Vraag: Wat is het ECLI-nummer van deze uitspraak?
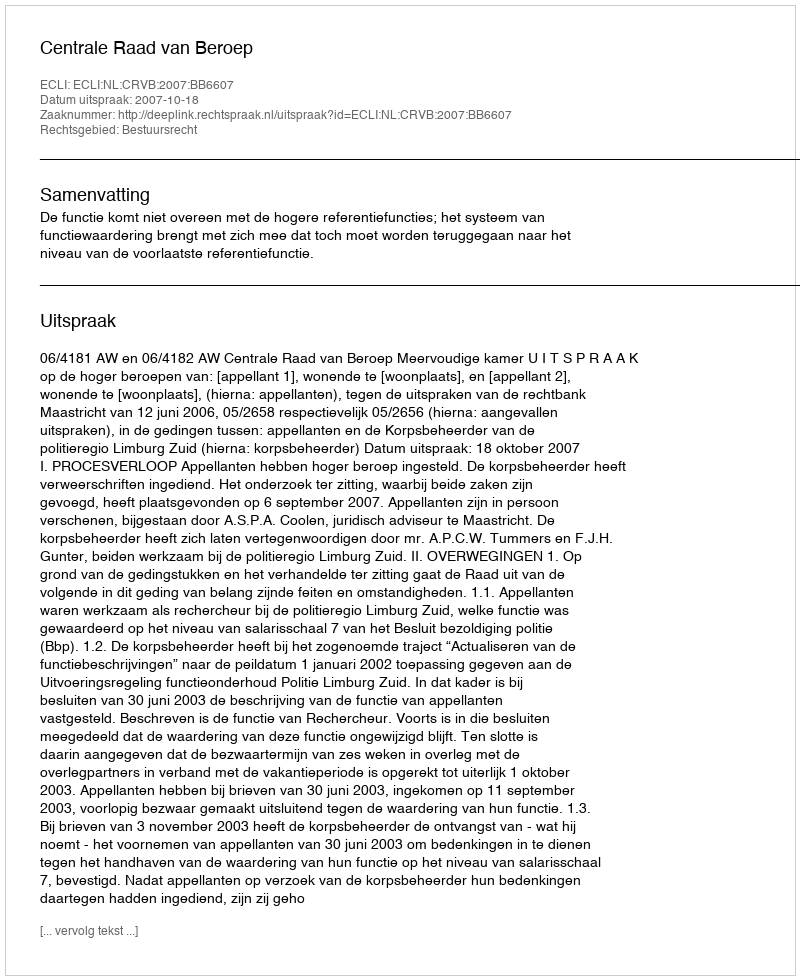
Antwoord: ECLI:NL:CRVB:2007:BB6607